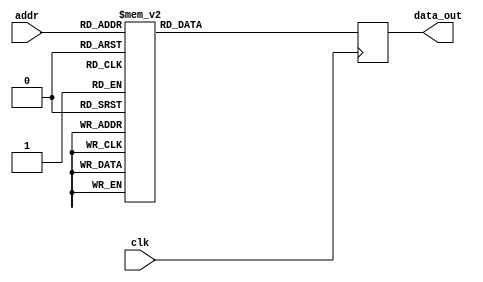
module twiddle_ROM_real_8(
    input wire clk,
    input wire [4:0] addr,
    output reg [15:0] data_out
);

always @(posedge clk) begin
    case(addr)

    
5'b00000: data_out <= 16'h0100 ;
5'b00001: data_out <= 16'h0100 ;
5'b00010: data_out <= 16'h0100 ;
5'b00011: data_out <= 16'h0100 ;
5'b00100: data_out <= 16'h0100 ;
5'b00101: data_out <= 16'h0000 ;
5'b00110: data_out <= 16'h0100 ;
5'b00111: data_out <= 16'h0000 ;
5'b01000: data_out <= 16'h0100 ;
5'b01001: data_out <= 16'h00B5 ;
5'b01010: data_out <= 16'h0000 ;
5'b01011: data_out <= 16'hFF4A ;
5'b01100: data_out <= 16'h0100 ;
5'b01101: data_out <= 16'h00EC ;
5'b01110: data_out <= 16'h00B5 ;
5'b01111: data_out <= 16'h0061 ;
5'b10000: data_out <= 16'h0100 ;
5'b10001: data_out <= 16'h00FB ;
5'b10010: data_out <= 16'h00EC ;
5'b10011: data_out <= 16'h00D4 ;
5'b10100: data_out <= 16'h0100 ;
5'b10101: data_out <= 16'h00FE ;
5'b10110: data_out <= 16'h00FB ;
5'b10111: data_out <= 16'h00F4 ;
5'b11000: data_out <= 16'h0000 ;
5'b11001: data_out <= 16'hFFF3 ;
5'b11010: data_out <= 16'hFFE6 ;
5'b11011: data_out <= 16'hFFDA ;


        default: data_out <= 16'h00000;
    endcase
end

endmodule